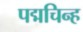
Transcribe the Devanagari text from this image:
पद्मचिन्ह